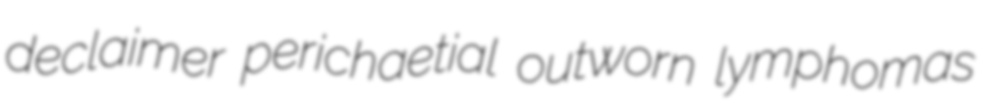
declaimer perichaetial outworn lymphomas